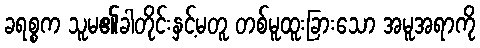
ခရစ္စက သူမ၏ခါတိုင်းနှင့်မတူ တစ်မူထူးခြားသော အမူအရာကို